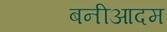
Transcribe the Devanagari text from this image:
बनीआदम